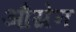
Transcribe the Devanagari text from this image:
औग्रेन